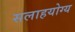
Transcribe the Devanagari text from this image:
सलाहयोग्य